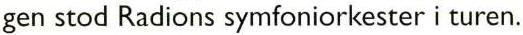
gen stod Radions symfoniorkester i turen.